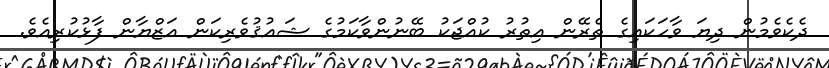
ދެކެވެމުން ދިޔަ ވާހަކައިގެ ތެރޭން އިތުރު ކުއްޖަކު ބޭނުންވާކަމުގެ ޝައުޤުވެރިކަން އަޒްޔާން ފާޅުކުރިއެވެ.